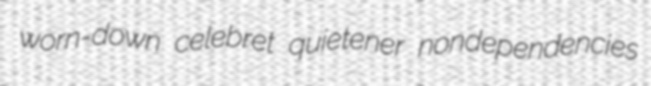
worn-down celebret quietener nondependencies